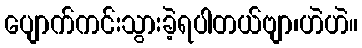
ပျောက်ကင်းသွားခဲ့ရပါတယ်ဗျာ၊ဟဲဟဲ။